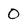
Character: 0